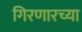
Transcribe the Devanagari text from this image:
गिरणारच्या